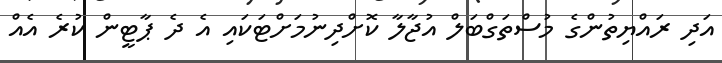
އަދި ރައްޔިތުންގެ މުސްތަގްބަލް އުޖާލާ ކޮށްދިނުމަށްޓަކައި އެ ދެ ޕާޓީން ކުރެ އެއް